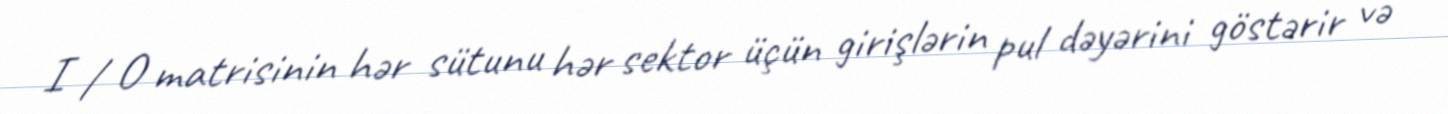
I / O matrisinin hər sütunu hər sektor üçün girişlərin pul dəyərini göstərir və